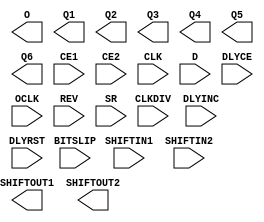
///////////////////////////////////////////////////////////////////////////////
// Copyright (c) 1995/2015 Xilinx, Inc.
// All Right Reserved.
///////////////////////////////////////////////////////////////////////////////
//   ____  ____
//  /   /\/   /
// /___/  \  /    Vendor : Xilinx
// \   \   \/     Version : 2015.4
//  \   \         Description : Xilinx Formal Library Component
//  /   /                  Source Synchronous Input Deserializer
// /___/   /\     Filename : ISERDES.v
// \   \  /  \
//  \___\/\___\
//
///////////////////////////////////////////////////////////////////////////////
// Revision:
//    03/23/04 - Initial version.
//    10/30/14 - Added missing parameters (CR 830410).
// End Revision
///////////////////////////////////////////////////////////////////////////////

`timescale  1 ps / 1 ps

`celldefine

module ISERDES (O, Q1, Q2, Q3, Q4, Q5, Q6, SHIFTOUT1, SHIFTOUT2,
      BITSLIP, CE1, CE2, CLK, CLKDIV, D, DLYCE, DLYINC, DLYRST, OCLK, REV, SHIFTIN1, SHIFTIN2, SR);
    output O;
    output Q1;
    output Q2;
    output Q3;
    output Q4;
    output Q5;
    output Q6;
    output SHIFTOUT1;
    output SHIFTOUT2;

    input BITSLIP;
    input CE1;
    input CE2;
    input CLK;
    input CLKDIV;
    input D;
    input DLYCE;
    input DLYINC;
    input DLYRST;
    input OCLK;
    input REV;
    input SHIFTIN1;
    input SHIFTIN2;
    input SR;
   
    parameter BITSLIP_ENABLE = "FALSE";
    parameter DATA_RATE = "DDR";
    parameter integer DATA_WIDTH = 4;
    parameter [0:0] INIT_Q1 = 1'b0;
    parameter [0:0] INIT_Q2 = 1'b0;
    parameter [0:0] INIT_Q3 = 1'b0;
    parameter [0:0] INIT_Q4 = 1'b0;
    parameter INTERFACE_TYPE = "MEMORY";
    parameter IOBDELAY = "NONE";
    parameter IOBDELAY_TYPE = "DEFAULT";
    parameter integer IOBDELAY_VALUE = 0;
    parameter integer NUM_CE = 2;
    parameter SERDES_MODE = "MASTER";
    parameter integer SIM_DELAY_D = 0;
    parameter integer SIM_SETUP_D_CLK = 0;
    parameter integer SIM_HOLD_D_CLK = 0;
    parameter [0:0] SRVAL_Q1 = 1'b0;
    parameter [0:0] SRVAL_Q2 = 1'b0;
    parameter [0:0] SRVAL_Q3 = 1'b0;
    parameter [0:0] SRVAL_Q4 = 1'b0;

`ifdef XIL_TIMING //Simprim
 
  parameter LOC = "UNPLACED";

`endif

endmodule

`endcelldefine // ISERDES